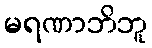
မရဏာဘိဘူ